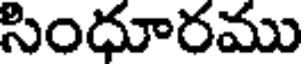
సింధూరము